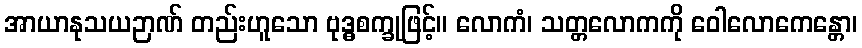
အာယာနုသယဉာဏ် တည်းဟူသော ဗုဒ္ဓစက္ခုဖြင့်။ လောကံ၊ သတ္တလောကကို ဝေါလောကေန္တော၊